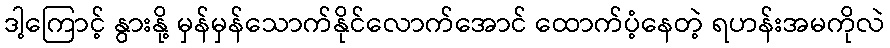
ဒါ့ကြောင့် နွားနို့ မှန်မှန်သောက်နိုင်လောက်အောင် ထောက်ပံ့နေတဲ့ ရဟန်းအမကိုလဲ